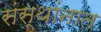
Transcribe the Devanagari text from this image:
संस्थांनात